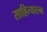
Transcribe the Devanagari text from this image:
साहित्यरत्‍न